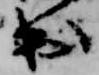
出